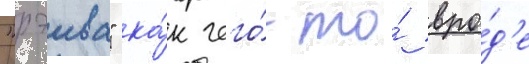
"рэива" ка́к чего́-то́ вро́д'е